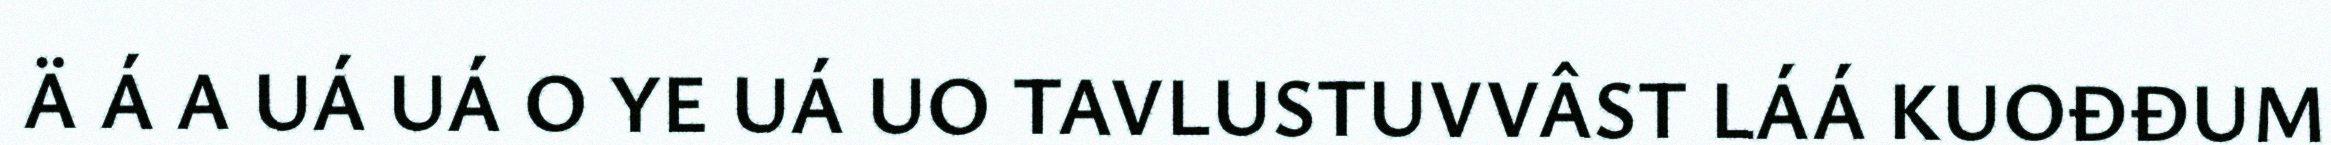
Ä Á A UÁ UÁ O YE UÁ UO TAVLUSTUVVÂST LÁÁ KUOĐĐUM